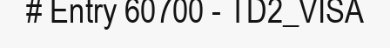
# Entry 60700 - TD2_VISA